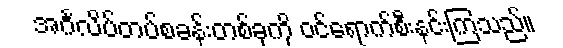
အင်္ဂလိပ်တပ်စခန်းတစ်ခုကို ဝင်ရောက်စီးနင်းကြသည်။